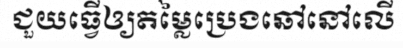
ជួយធ្វើឲ្យតម្លៃប្រេងឆៅនៅលើ